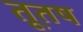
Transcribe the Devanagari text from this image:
तूतष